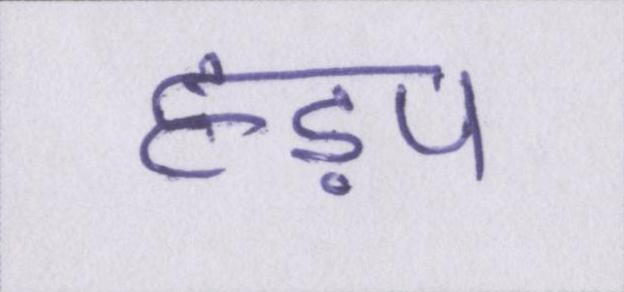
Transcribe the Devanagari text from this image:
हड़प